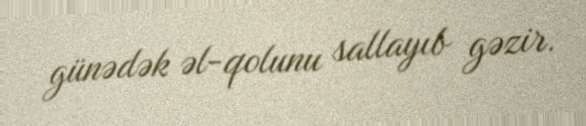
günədək əl-qolunu sallayıb gəzir.